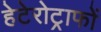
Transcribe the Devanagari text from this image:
हेटेरोट्राफों